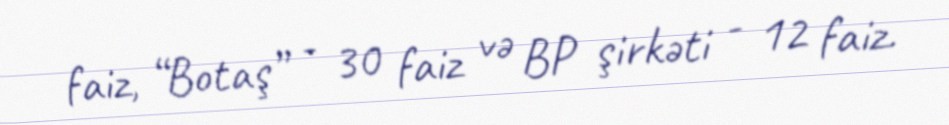
faiz, “Botaş” - 30 faiz və BP şirkəti - 12 faiz.